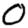
Digit: 0